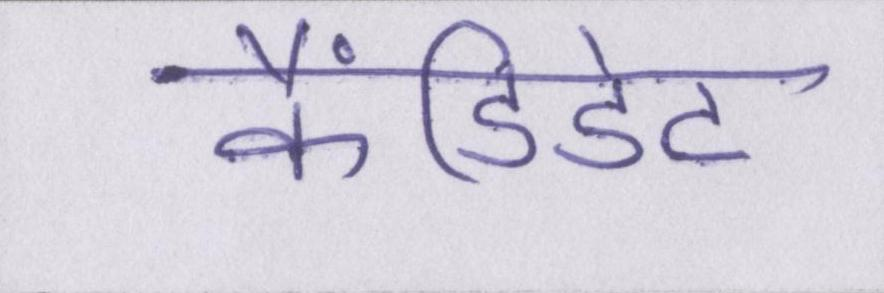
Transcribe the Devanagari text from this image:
कैंडिडेट